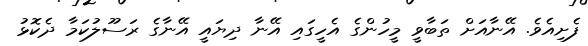
ފެށިއެވެ. އޭނާއަށް ތަބާވީ މީހުންގެ އެހީގައި އޭނާ ދިޔައީ އޭނާގެ ރަސޫލުކަމާ ދެކޮޅު